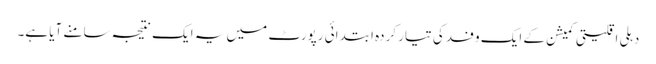
دہلی اقلیتی کمیشن کے ایک وفد کی تیار کردہ ابتدائی رپورٹ میں یہ ایک نتیجہ سامنے آیا ہے۔